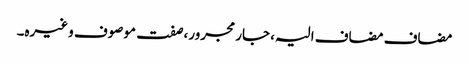
مضاف مضاف الیہ، جار مجرور، صفت موصوف وغیرہ۔